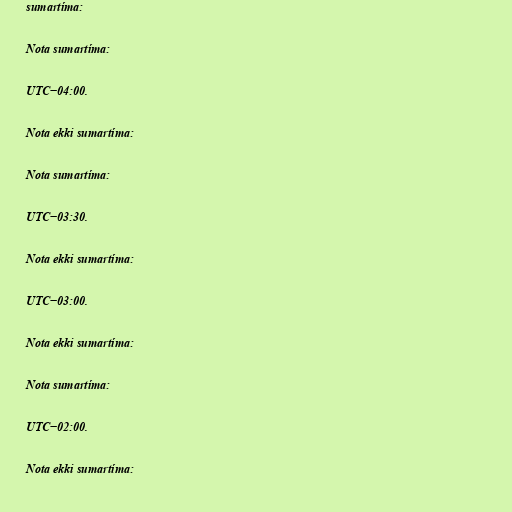
sumartíma:

Nota sumartíma:

UTC−04:00.

Nota ekki sumartíma:

Nota sumartíma:

UTC−03:30.

Nota ekki sumartíma:

UTC−03:00.

Nota ekki sumartíma:

Nota sumartíma:

UTC−02:00.

Nota ekki sumartíma: